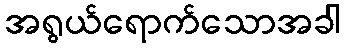
အရွယ်ရောက်သောအခါ